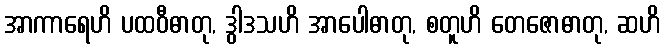
အာကာရေဟိ ပထဝီဓာတု, ဒွါဒသဟိ အာပေါဓာတု, စတူဟိ တေဇောဓာတု, ဆဟိ